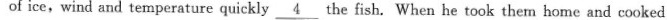
of ice，wind and temperature quickly \underline{4} the fish. When he took them home and cooked